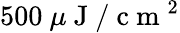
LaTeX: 500~\mu\mathrm{~J~}/\mathrm{~c~m~}^{2}